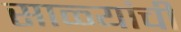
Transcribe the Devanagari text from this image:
साळ्यांची